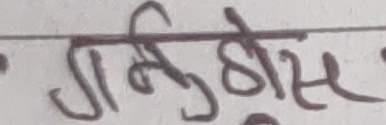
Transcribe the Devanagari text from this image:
गर्निष्ठस